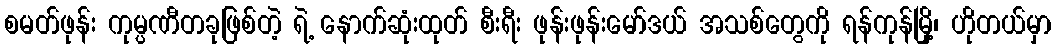
စမတ်ဖုန်း ကုမ္ပဏီတခုဖြစ်တဲ့ ရဲ့ နောက်ဆုံးထုတ် စီးရီး ဖုန်းဖုန်းမော်ဒယ် အသစ်တွေကို ရန်ကုန်မြို့၊ ဟိုတယ်မှာ